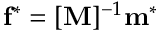
\mathbf { f ^ { * } } = [ \mathbf { M } ] ^ { - 1 } \mathbf { m ^ { * } }